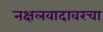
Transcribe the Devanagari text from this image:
नक्षलवादावरचा